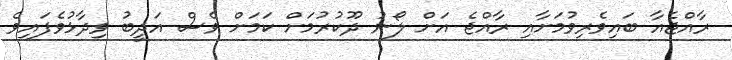
ރާއްޖެއާ ބައިވެރިވުމަށާއި ރާއްޖެ އަށް ލޯނު ދޫކުރުމަށް ކަމަށް ވެސް އަދީބު ވިދާޅުވެފައިވެ